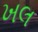
ખલ